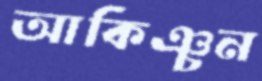
আকিঞ্চন